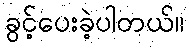
ခွင့်ပေးခဲ့ပါတယ်။